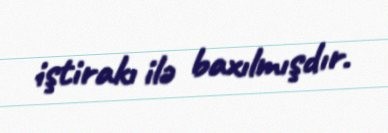
iştirakı ilə baxılmışdır.